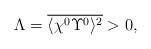
LaTeX: \begin{align*} \Lambda = \overline{ \langle \chi^0 \Upsilon^0 \rangle^2} > 0,\end{align*}